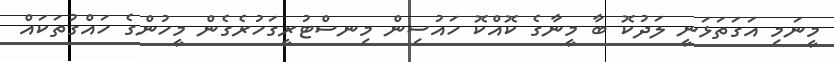
މީނަމި އަގަތަޅަނީ ލަދުކޮ ބާ މީނާގެ ކޮއްކޮ ހައުސިން މިނސްޓުރީގަހުރެގެން މީހުންގެ ހައްގުތަކައް